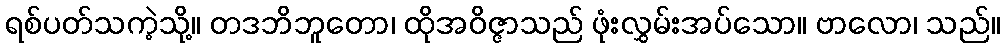
ရစ်ပတ်သကဲ့သို့။ တဒဘိဘူတော၊ ထိုအဝိဇ္ဇာသည် ဖုံးလွှမ်းအပ်သော။ ဗာလော၊ သည်။